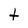
Character: t